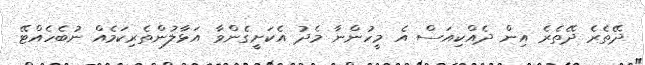
ދޭތެރެ ދޭތެރެ އިން ދެއްކިއަސް އެ މީހުންނާ މެދު އެކަށީގެންވާ އަޅާލުންތެރިކަމެއް ނުބެހެއްޓޭ